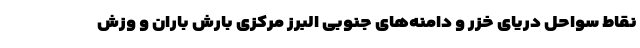
نقاط سواحل دریای خزر و دامنه‌های جنوبی البرز مرکزی بارش باران و وزش